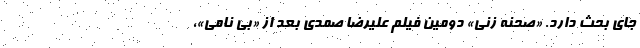
جای بحث دارد. «صحنه زنی» دومین فیلم‌ علیرضا صمدی بعد از «بی نامی»،